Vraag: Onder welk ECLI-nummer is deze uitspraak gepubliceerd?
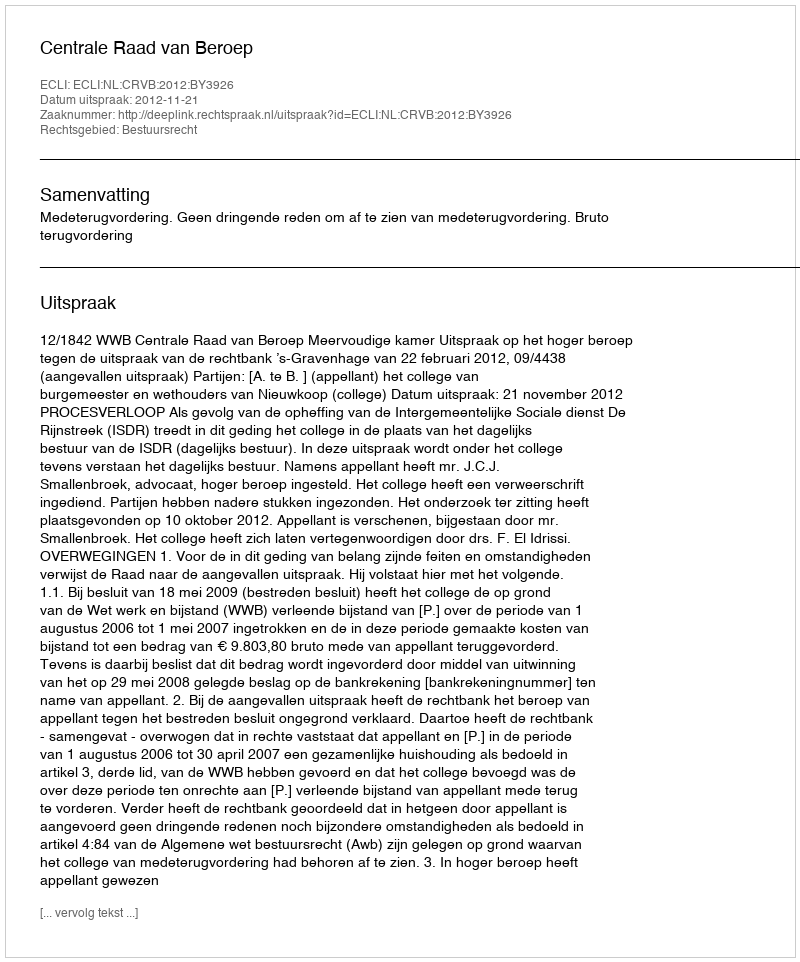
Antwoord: ECLI:NL:CRVB:2012:BY3926